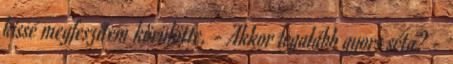
kissé megfeszítem körülötte. - Akkor legalább gyors séta? -